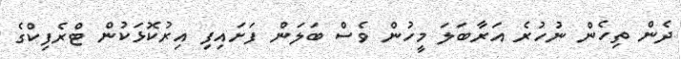
ދެން ތިހެން ނުހުރެ އަރާބަލަ މީހުން ވެސް ބަލަން ފަށައިފި އިރުކޮޅަކުން ޓްރެފިކްގެ